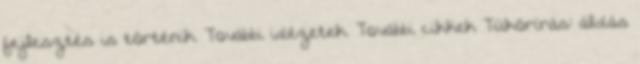
fejlesztés is történik. További idézetek. További cikkek Tükörírás: áldás